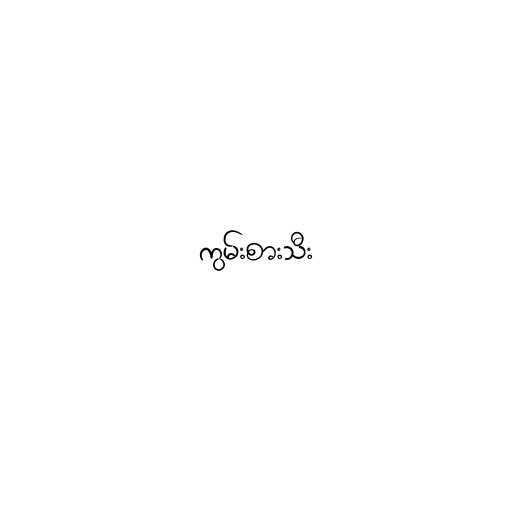
ကွမ်းစားသီး